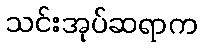
သင်းအုပ်ဆရာက